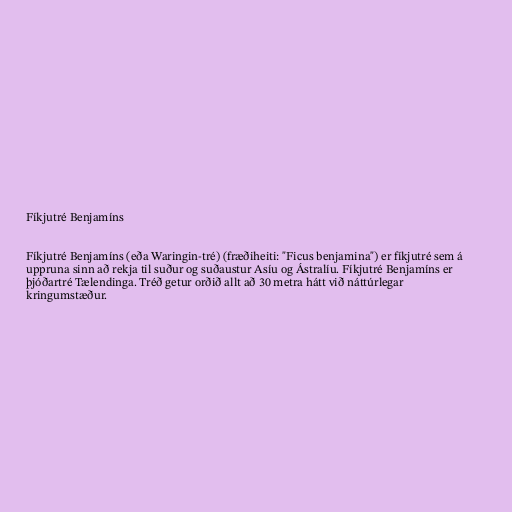
Fíkjutré Benjamíns

Fíkjutré Benjamíns (eða Waringin-tré) (fræðiheiti: "Ficus benjamina") er fíkjutré sem á
uppruna sinn að rekja til suður og suðaustur Asíu og Ástralíu. Fíkjutré Benjamíns er
þjóðartré Tælendinga. Tréð getur orðið allt að 30 metra hátt við náttúrlegar
kringumstæður.